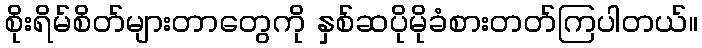
စိုးရိမ်စိတ်များတာတွေကို နှစ်ဆပိုမိုခံစားတတ်ကြပါတယ်။